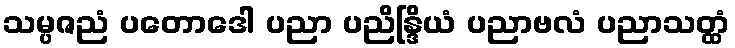
သမ္ပဇညံ ပတောဒေါ ပညာ ပညိန္ဒြိယံ ပညာဗလံ ပညာသတ္ထံ